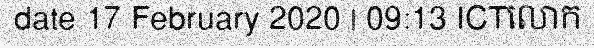
date 17 February 2020 | 09:13 ICTលោក